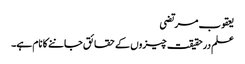
یعقوب مرتضی
علم درحقیقت چیزوں کے حقائق جاننے کا نام ہے۔